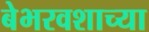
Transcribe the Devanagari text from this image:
बेभरवशाच्या